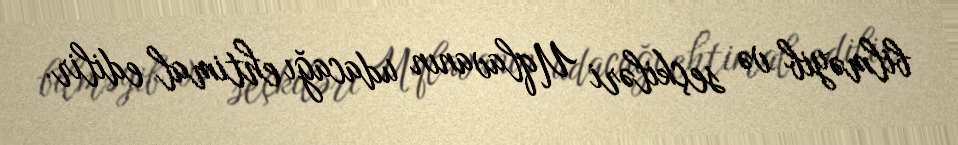
bilməyib və seçkiləri Uqlavanın udacağı ehtimal edilir.